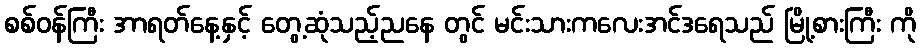
စစ်ဝန်ကြီး အာရတ်နေ့နှင့် တွေ့ဆုံသည့်ညနေ တွင် မင်းသားကလေးအင်ဒရေသည် မြို့စားကြီး ကို